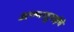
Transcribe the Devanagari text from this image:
अण्णादुराईचे